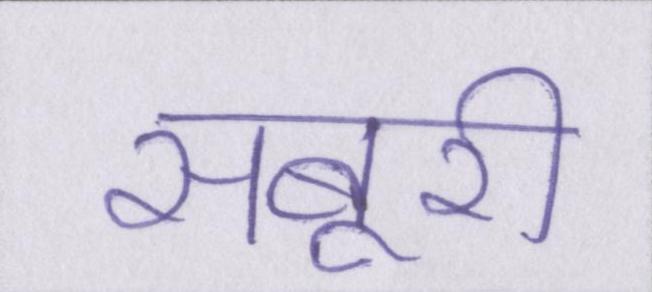
सबूरी